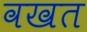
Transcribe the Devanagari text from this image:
वखत